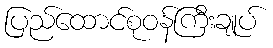
ပြည်ထောင်စုဝန်ကြီးချုပ်